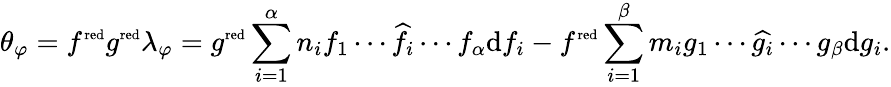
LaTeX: \theta_{\varphi}=f^{\scriptscriptstyle\textup{red}}g^{\scriptscriptstyle\textup{red}}\lambda_{\varphi}=g^{\scriptscriptstyle\textup{red}}\sum_{i=1}^{\alpha}n_{i}f_{1}\cdots\widehat{f_{i}}\cdots f_{\alpha}\textup{d}f_{i}-f^{\scriptscriptstyle\textup{red}}\sum_{i=1}^{\beta}m_{i}g_{1}\cdots\widehat{g_{i}}\cdots g_{\beta}\textup{d}g_{i}.